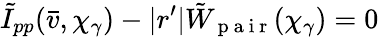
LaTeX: \tilde{I}_{pp}(\bar{v},\chi_{\gamma})-|r^{\prime}|\tilde{W}_{\mathrm{~p~a~i~r~}}(\chi_{\gamma})=0